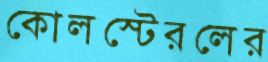
কোলস্টেরলের